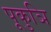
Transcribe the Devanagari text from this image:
पूकुञि